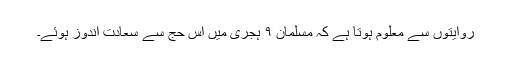
روایتوں سے معلوم ہوتا ہے کہ مسلمان ۹ ہجری میں اِس حج سے سعادت اندوز ہوئے۔